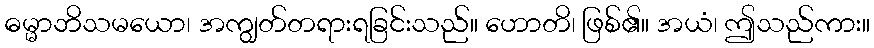
ဓမ္မာဘိသမယော၊ အကျွတ်တရားရခြင်းသည်။ ဟောတိ၊ ဖြစ်၏။ အယံ၊ ဤသည်ကား။